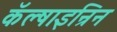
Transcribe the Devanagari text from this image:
कॅल्षाइन्रिन